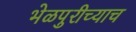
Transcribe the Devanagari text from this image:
भेळपुरीच्याच